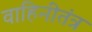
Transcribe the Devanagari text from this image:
वाहिनीतंत्र